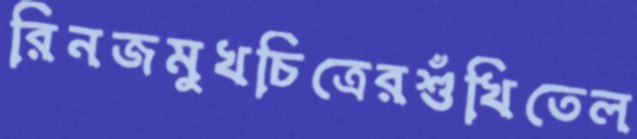
রিনজমুখচিত্রেরশুঁখিতেল